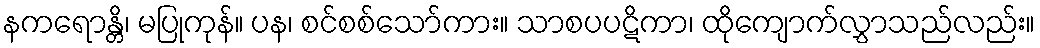
နကရောန္တိ၊ မပြုကုန်။ ပန၊ စင်စစ်သော်ကား။ သာစပပဋိကာ၊ ထိုကျောက်လွှာသည်လည်း။